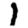
Digit: 1